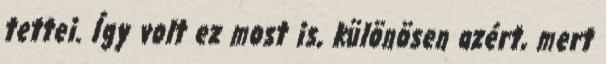
tettei. Így volt ez most is, különösen azért, mert